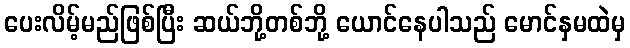
ပေးလိမ့်မည်ဖြစ်ပြီး ဆယ်ဘို့တစ်ဘို့ ယောင်နေပါသည် မောင်နှမထဲမှ